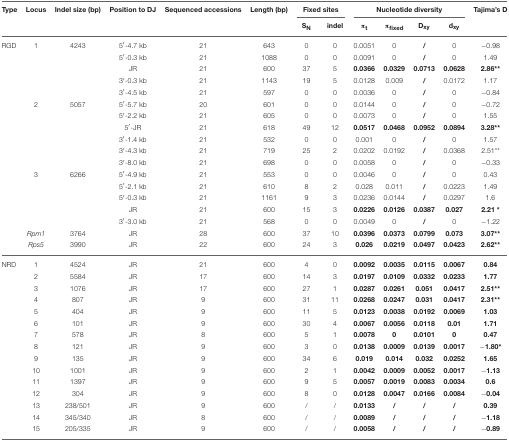
<table><thead><tr><td><b>Type</b></td><td><b>Locus</b></td><td><b>Indel size (bp)</b></td><td><b>Position to DJ</b></td><td><b>Sequenced accessions</b></td><td><b>Length (bp)</b></td><td colspan="2"><b>Fixed sites</b></td><td colspan="4"><b>Nucleotide diversity</b></td><td><b>Tajima&#x27;s D</b></td></tr><tr><td></td><td></td><td></td><td></td><td></td><td></td><td><b>S<sub>N</sub></b></td><td><b>indel</b></td><td><b>π<sub>t</sub></b></td><td><b>π<sub>fixed</sub></b></td><td><b>D<sub>xy</sub></b></td><td><b>d<sub>xy</sub></b></td><td></td></tr></thead><tbody><tr><td>RGD</td><td>1</td><td>4243</td><td>5′-4.7 kb</td><td>21</td><td>643</td><td>0</td><td>0</td><td>0.0051</td><td>0</td><td><b>/</b></td><td>0</td><td>−0.98</td></tr><tr><td></td><td></td><td></td><td>5′-0.3 kb</td><td>21</td><td>1088</td><td>0</td><td>0</td><td>0.0091</td><td>0</td><td><b>/</b></td><td>0</td><td>1.49</td></tr><tr><td></td><td></td><td></td><td>JR</td><td>21</td><td>600</td><td>37</td><td>5</td><td><b>0.0366</b></td><td><b>0.0329</b></td><td><b>0.0713</b></td><td><b>0.0628</b></td><td><b>2.86</b><sup>**</sup></td></tr><tr><td></td><td></td><td></td><td>3′-0.3 kb</td><td>21</td><td>1143</td><td>19</td><td>5</td><td>0.0128</td><td>0.009</td><td><b>/</b></td><td>0.0172</td><td>1.17</td></tr><tr><td></td><td></td><td></td><td>3′-4.5 kb</td><td>21</td><td>597</td><td>0</td><td>0</td><td>0.0036</td><td>0</td><td><b>/</b></td><td>0</td><td>−0.84</td></tr><tr><td></td><td>2</td><td>5057</td><td>5′-5.7 kb</td><td>20</td><td>601</td><td>0</td><td>0</td><td>0.0144</td><td>0</td><td><b>/</b></td><td>0</td><td>−0.72</td></tr><tr><td></td><td></td><td></td><td>5′-2.2 kb</td><td>21</td><td>605</td><td>0</td><td>0</td><td>0.0073</td><td>0</td><td><b>/</b></td><td>0</td><td>1.55</td></tr><tr><td></td><td></td><td></td><td>5′-JR</td><td>21</td><td>618</td><td>49</td><td>12</td><td><b>0.0517</b></td><td><b>0.0468</b></td><td><b>0.0952</b></td><td><b>0.0894</b></td><td><b>3.28</b><sup>**</sup></td></tr><tr><td></td><td></td><td></td><td>3′-1.4 kb</td><td>21</td><td>532</td><td>0</td><td>0</td><td>0.001</td><td>0</td><td><b>/</b></td><td>0</td><td>1.57</td></tr><tr><td></td><td></td><td></td><td>3′-4.3 kb</td><td>21</td><td>719</td><td>25</td><td>2</td><td>0.0202</td><td>0.0192</td><td><b>/</b></td><td>0.0368</td><td>2.51<sup>**</sup></td></tr><tr><td></td><td></td><td></td><td>3′-8.0 kb</td><td>21</td><td>698</td><td>0</td><td>0</td><td>0.0058</td><td>0</td><td><b>/</b></td><td>0</td><td>−0.33</td></tr><tr><td></td><td>3</td><td>6266</td><td>5′-4.9 kb</td><td>21</td><td>553</td><td>0</td><td>0</td><td>0.0046</td><td>0</td><td><b>/</b></td><td>0</td><td>0.43</td></tr><tr><td></td><td></td><td></td><td>5′-2.1 kb</td><td>21</td><td>610</td><td>8</td><td>2</td><td>0.028</td><td>0.011</td><td><b>/</b></td><td>0.0223</td><td>1.49</td></tr><tr><td></td><td></td><td></td><td>5′-0.3 kb</td><td>21</td><td>1161</td><td>9</td><td>3</td><td>0.0236</td><td>0.0144</td><td><b>/</b></td><td>0.0297</td><td>1.6</td></tr><tr><td></td><td></td><td></td><td>JR</td><td>21</td><td>600</td><td>15</td><td>3</td><td><b>0.0226</b></td><td><b>0.0126</b></td><td><b>0.0387</b></td><td><b>0.027</b></td><td><b>2.21</b><sup>*</sup></td></tr><tr><td></td><td></td><td></td><td>3′-3.0 kb</td><td>21</td><td>568</td><td>0</td><td>0</td><td>0.0049</td><td>0</td><td><b>/</b></td><td>0</td><td>−1.22</td></tr><tr><td></td><td><i>Rpm1</i></td><td>3764</td><td>JR</td><td>28</td><td>600</td><td>37</td><td>10</td><td><b>0.0396</b></td><td><b>0.0373</b></td><td><b>0.0799</b></td><td><b>0.073</b></td><td><b>3.07</b><sup>**</sup></td></tr><tr><td></td><td><i>Rps5</i></td><td>3990</td><td>JR</td><td>22</td><td>600</td><td>24</td><td>3</td><td><b>0.026</b></td><td><b>0.0219</b></td><td><b>0.0497</b></td><td><b>0.0423</b></td><td><b>2.62</b><sup>**</sup></td></tr><tr><td>NRD</td><td>1</td><td>4524</td><td>JR</td><td>21</td><td>600</td><td>4</td><td>0</td><td><b>0.0092</b></td><td><b>0.0035</b></td><td><b>0.0115</b></td><td><b>0.0067</b></td><td><b>0.84</b></td></tr><tr><td></td><td>2</td><td>5584</td><td>JR</td><td>17</td><td>600</td><td>14</td><td>3</td><td><b>0.0197</b></td><td><b>0.0109</b></td><td><b>0.0332</b></td><td><b>0.0233</b></td><td><b>1.77</b></td></tr><tr><td></td><td>3</td><td>1076</td><td>JR</td><td>17</td><td>600</td><td>27</td><td>1</td><td><b>0.0287</b></td><td><b>0.0261</b></td><td><b>0.051</b></td><td><b>0.0417</b></td><td><b>2.51</b><sup>**</sup></td></tr><tr><td></td><td>4</td><td>807</td><td>JR</td><td>9</td><td>600</td><td>31</td><td>11</td><td><b>0.0268</b></td><td><b>0.0247</b></td><td><b>0.031</b></td><td><b>0.0417</b></td><td><b>2.31</b><sup>**</sup></td></tr><tr><td></td><td>5</td><td>404</td><td>JR</td><td>9</td><td>600</td><td>11</td><td>5</td><td><b>0.0123</b></td><td><b>0.0038</b></td><td><b>0.0192</b></td><td><b>0.0069</b></td><td><b>1.03</b></td></tr><tr><td></td><td>6</td><td>101</td><td>JR</td><td>9</td><td>600</td><td>30</td><td>4</td><td><b>0.0067</b></td><td><b>0.0056</b></td><td><b>0.0118</b></td><td><b>0.01</b></td><td><b>1.71</b></td></tr><tr><td></td><td>7</td><td>578</td><td>JR</td><td>8</td><td>600</td><td>5</td><td>1</td><td><b>0.0078</b></td><td><b>0</b></td><td><b>0.0101</b></td><td><b>0</b></td><td><b>0.47</b></td></tr><tr><td></td><td>8</td><td>121</td><td>JR</td><td>9</td><td>600</td><td>3</td><td>0</td><td><b>0.0138</b></td><td><b>0.0009</b></td><td><b>0.0139</b></td><td><b>0.0017</b></td><td>−<b>1.80</b><sup>*</sup></td></tr><tr><td></td><td>9</td><td>135</td><td>JR</td><td>9</td><td>600</td><td>34</td><td>6</td><td><b>0.019</b></td><td><b>0.014</b></td><td><b>0.032</b></td><td><b>0.0252</b></td><td><b>1.65</b></td></tr><tr><td></td><td>10</td><td>1001</td><td>JR</td><td>9</td><td>600</td><td>2</td><td>1</td><td><b>0.0042</b></td><td><b>0.0009</b></td><td><b>0.0052</b></td><td><b>0.0017</b></td><td>−<b>1.13</b></td></tr><tr><td></td><td>11</td><td>1397</td><td>JR</td><td>9</td><td>600</td><td>9</td><td>5</td><td><b>0.0057</b></td><td><b>0.0019</b></td><td><b>0.0083</b></td><td><b>0.0034</b></td><td><b>0.6</b></td></tr><tr><td></td><td>12</td><td>304</td><td>JR</td><td>9</td><td>600</td><td>8</td><td>0</td><td><b>0.0128</b></td><td><b>0.0047</b></td><td><b>0.0166</b></td><td><b>0.0084</b></td><td>−<b>0.04</b></td></tr><tr><td></td><td>13</td><td>238/501</td><td>JR</td><td>9</td><td>600</td><td>/</td><td>/</td><td><b>0.0133</b></td><td><b>/</b></td><td><b>/</b></td><td><b>/</b></td><td><b>0.39</b></td></tr><tr><td></td><td>14</td><td>345/340</td><td>JR</td><td>8</td><td>600</td><td>/</td><td>/</td><td><b>0.0089</b></td><td><b>/</b></td><td><b>/</b></td><td><b>/</b></td><td>−<b>1.18</b></td></tr><tr><td></td><td>15</td><td>205/335</td><td>JR</td><td>9</td><td>600</td><td>/</td><td>/</td><td><b>0.0058</b></td><td><b>/</b></td><td><b>/</b></td><td><b>/</b></td><td>−<b>0.89</b></td></tr></tbody></table>